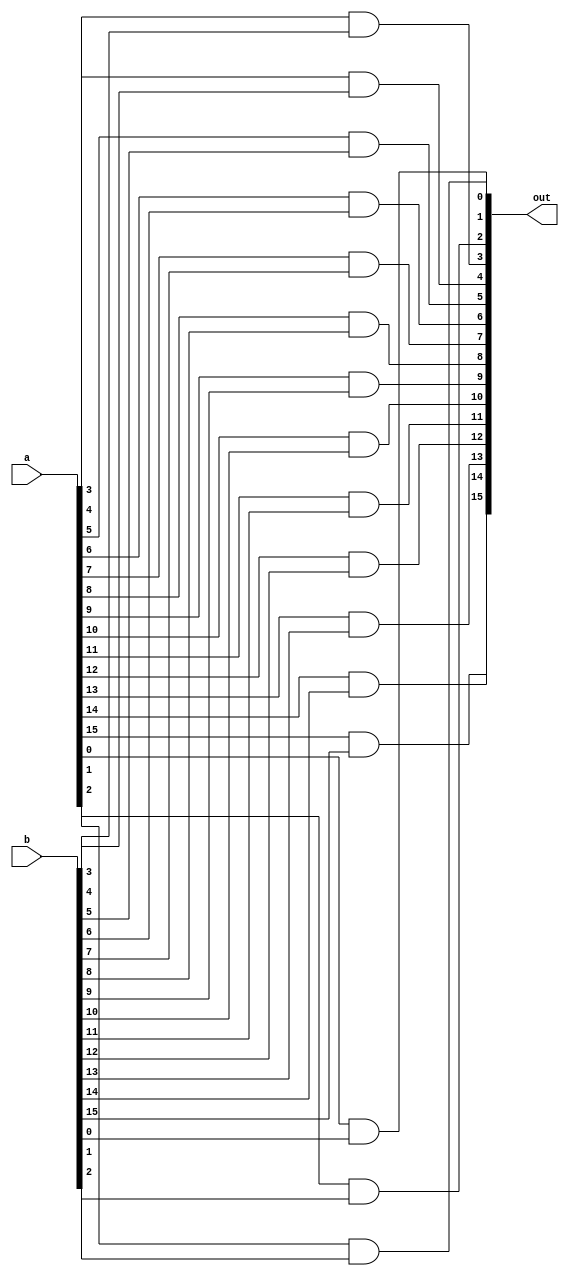
`timescale 1ns / 1ps
module And16(input [15:0] a,b,
    output [15:0] out);
    wire _out[15:0];
    nand X1(_out[0],a[0],b[0]);
    nand Y1(out[0],_out[0],_out[0]);
    nand X2(_out[1],a[1],b[1]);
    nand Y2(out[1],_out[1],_out[1]);
    nand X3(_out[2],a[2],b[2]);
    nand Y3(out[2],_out[2],_out[2]);
    nand X4(_out[3],a[3],b[3]);
    nand Y4(out[3],_out[3],_out[3]);
    nand X5(_out[4],a[4],b[4]);
    nand Y5(out[4],_out[4],_out[4]);
    nand X6(_out[5],a[5],b[5]);
    nand Y6(out[5],_out[5],_out[5]);
    nand X7(_out[6],a[6],b[6]);
    nand Y7(out[6],_out[6],_out[6]);
    nand X8(_out[7],a[7],b[7]);
    nand Y8(out[7],_out[7],_out[7]);
    nand X9(_out[8],a[8],b[8]);
    nand Y9(out[8],_out[8],_out[8]);
    nand X10(_out[9],a[9],b[9]);
    nand Y10(out[9],_out[9],_out[9]);
    nand X11(_out[10],a[10],b[10]);
    nand Y11(out[10],_out[10],_out[10]);
    nand X12(_out[11],a[11],b[11]);
    nand Y12(out[11],_out[11],_out[11]);
    nand X13(_out[12],a[12],b[12]);
    nand Y13(out[12],_out[12],_out[12]);
    nand X14(_out[13],a[13],b[13]);
    nand Y14(out[13],_out[13],_out[13]);
    nand X15(_out[14],a[14],b[14]);
    nand Y15(out[14],_out[14],_out[14]);
    nand X16(_out[15],a[15],b[15]); 
    nand Y16(out[15],_out[15],_out[15]);   
endmodule